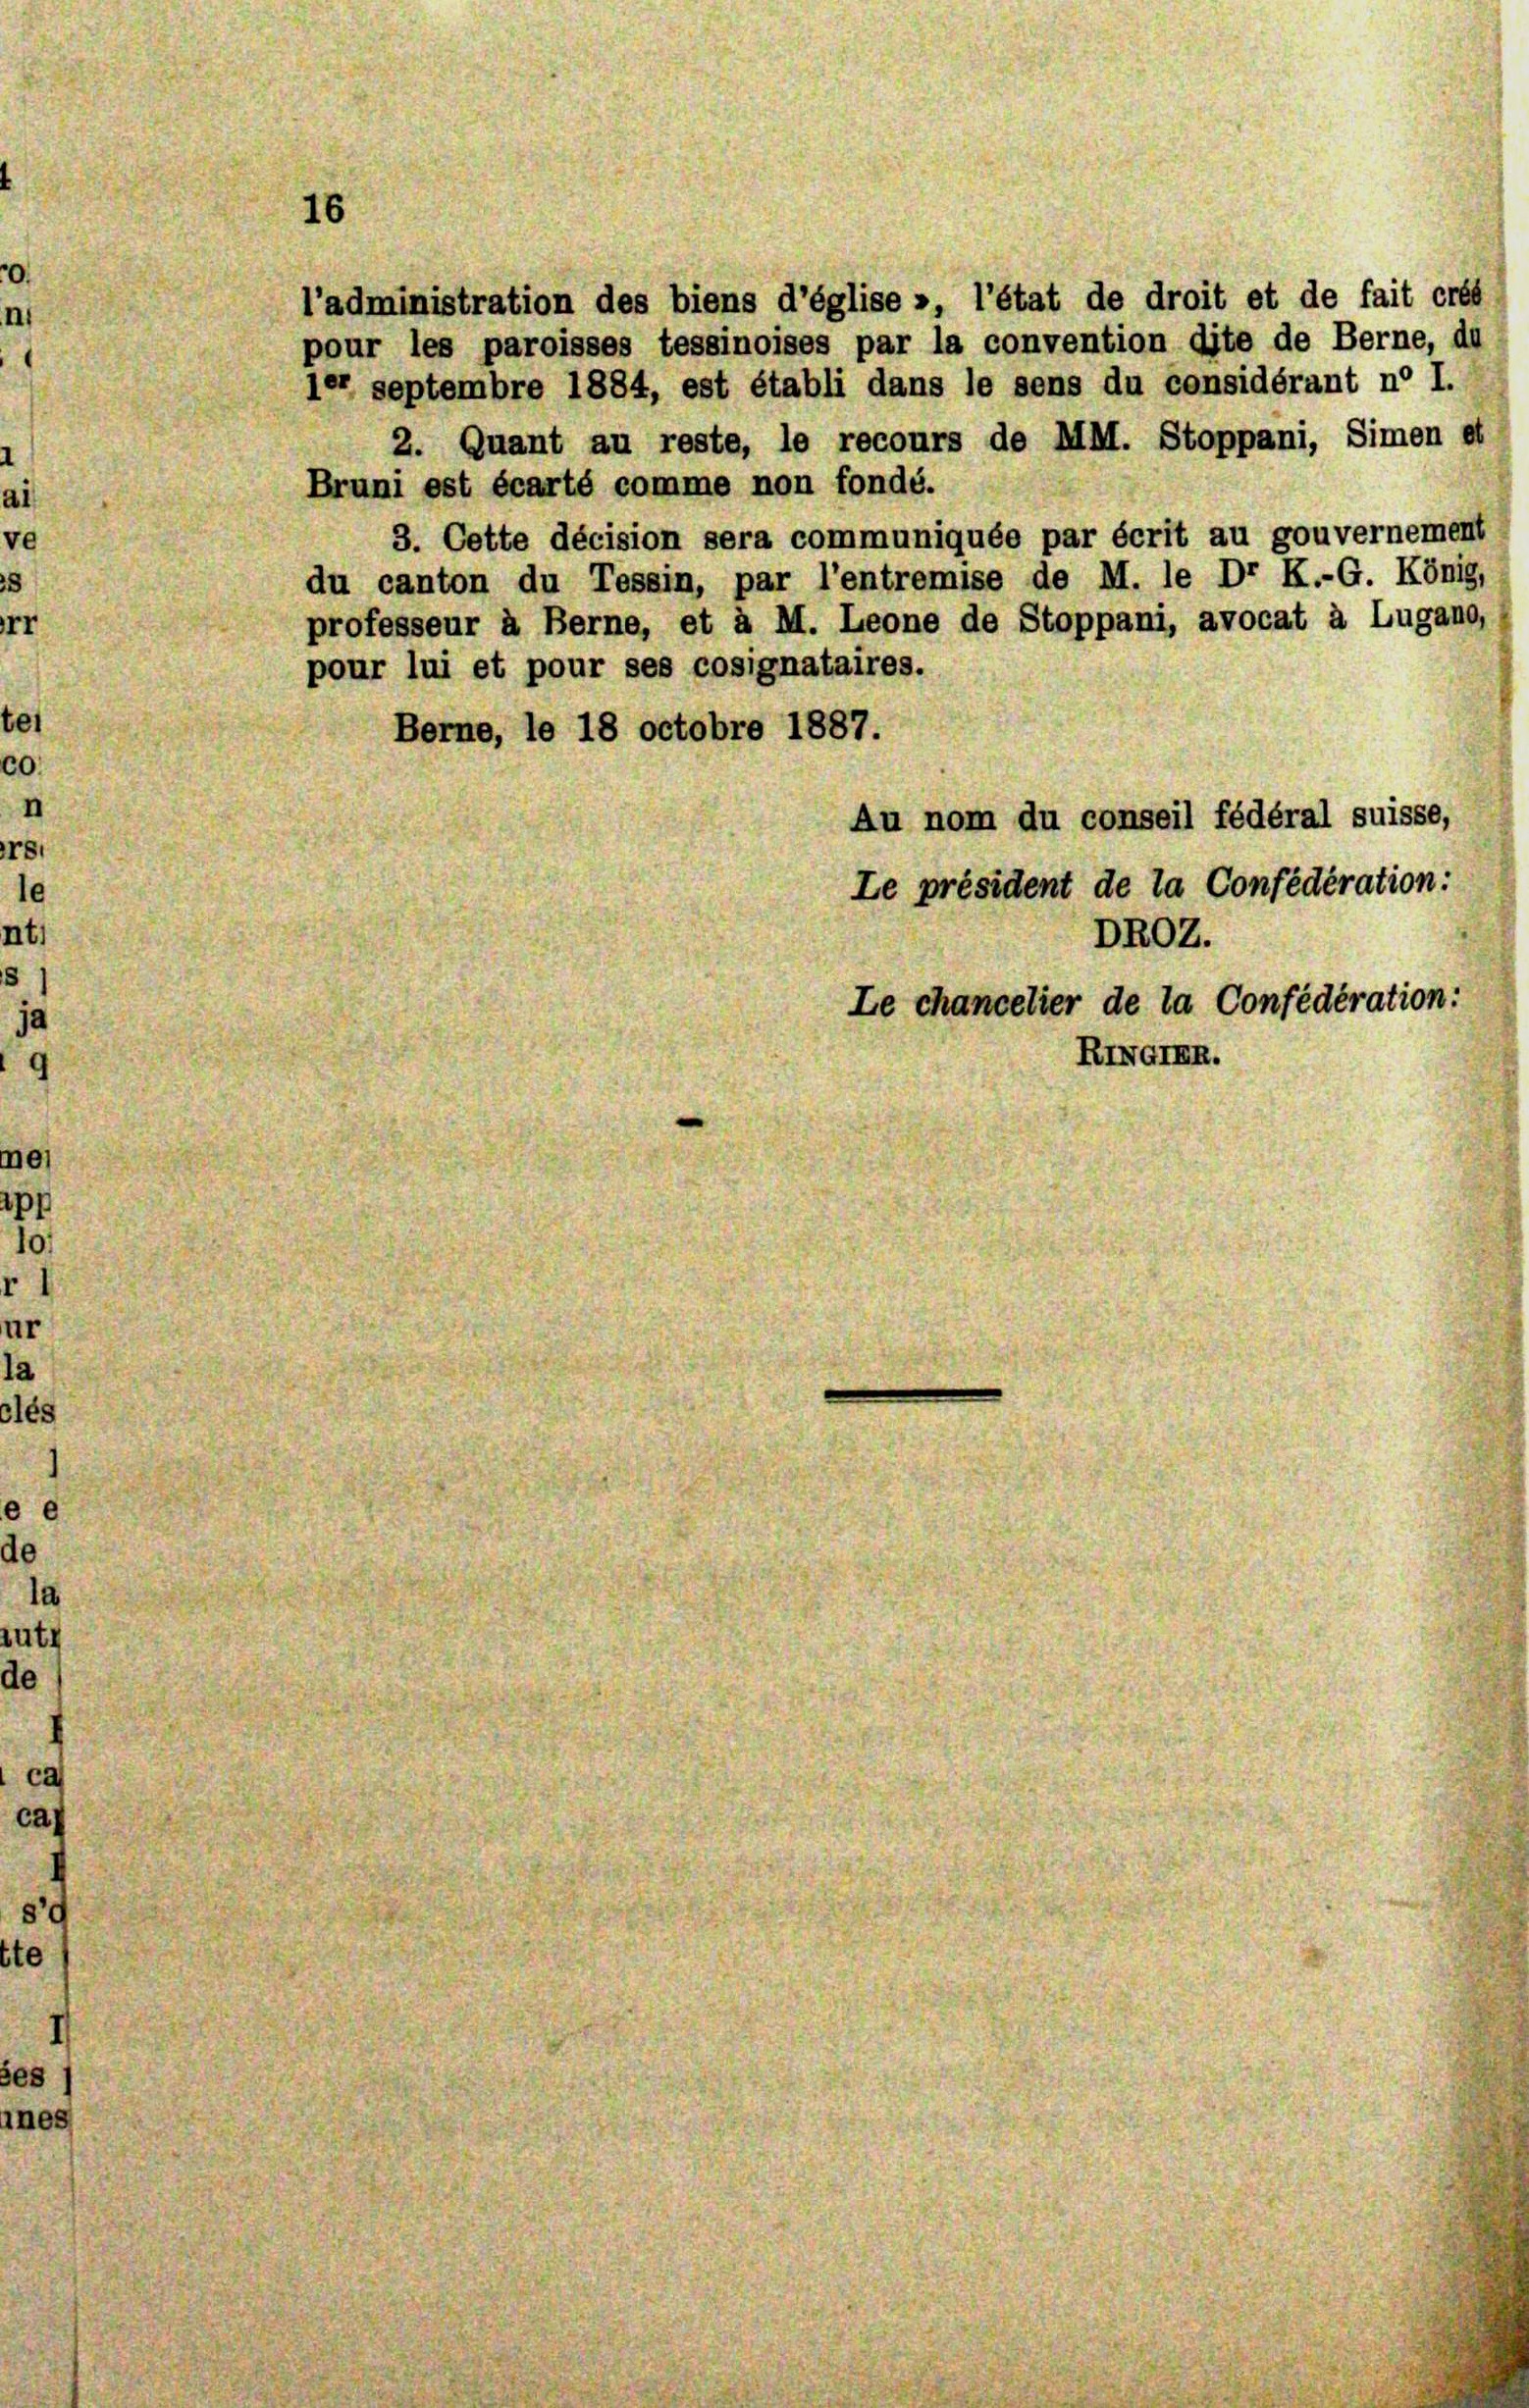
s

le
la
lutz
de

le

ca

ste
es
ines

l’administration des biens d’église », l’état de droit et de fait crés
pour les paroisses tessinoises par la convention dite de Berne, du
ler septembre 1884, est établi dans le sens du considérant no I.
2. Quant au reste, le recours de MM. Stoppani, Simen et
Bruni est écarté comme non fondé.
3. Cette décision sera communiquée par écrit au gouvernement
du canton du Tessin, par l’entremise de M. le Dr K.-G. König,
professeur à Berne, et à M. Leone de Stoppani, avocat à Lugano,
pour lui et pour ses cosignataires.
Berne, le 18 octobre 1887.
Au nom du conseil fédéral suisse,
Le président de la Confédération:
DROZ.
Le chancelier de la Confédération:
RINamen.